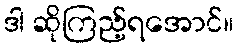
ဒါ ဆိုကြည့်ရအောင်။